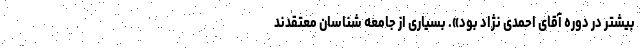
بیشتر در دوره آقای احمدی نژاد بود». بسیاری از جامعه شناسان معتقدند